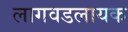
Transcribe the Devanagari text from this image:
लागवडलायक